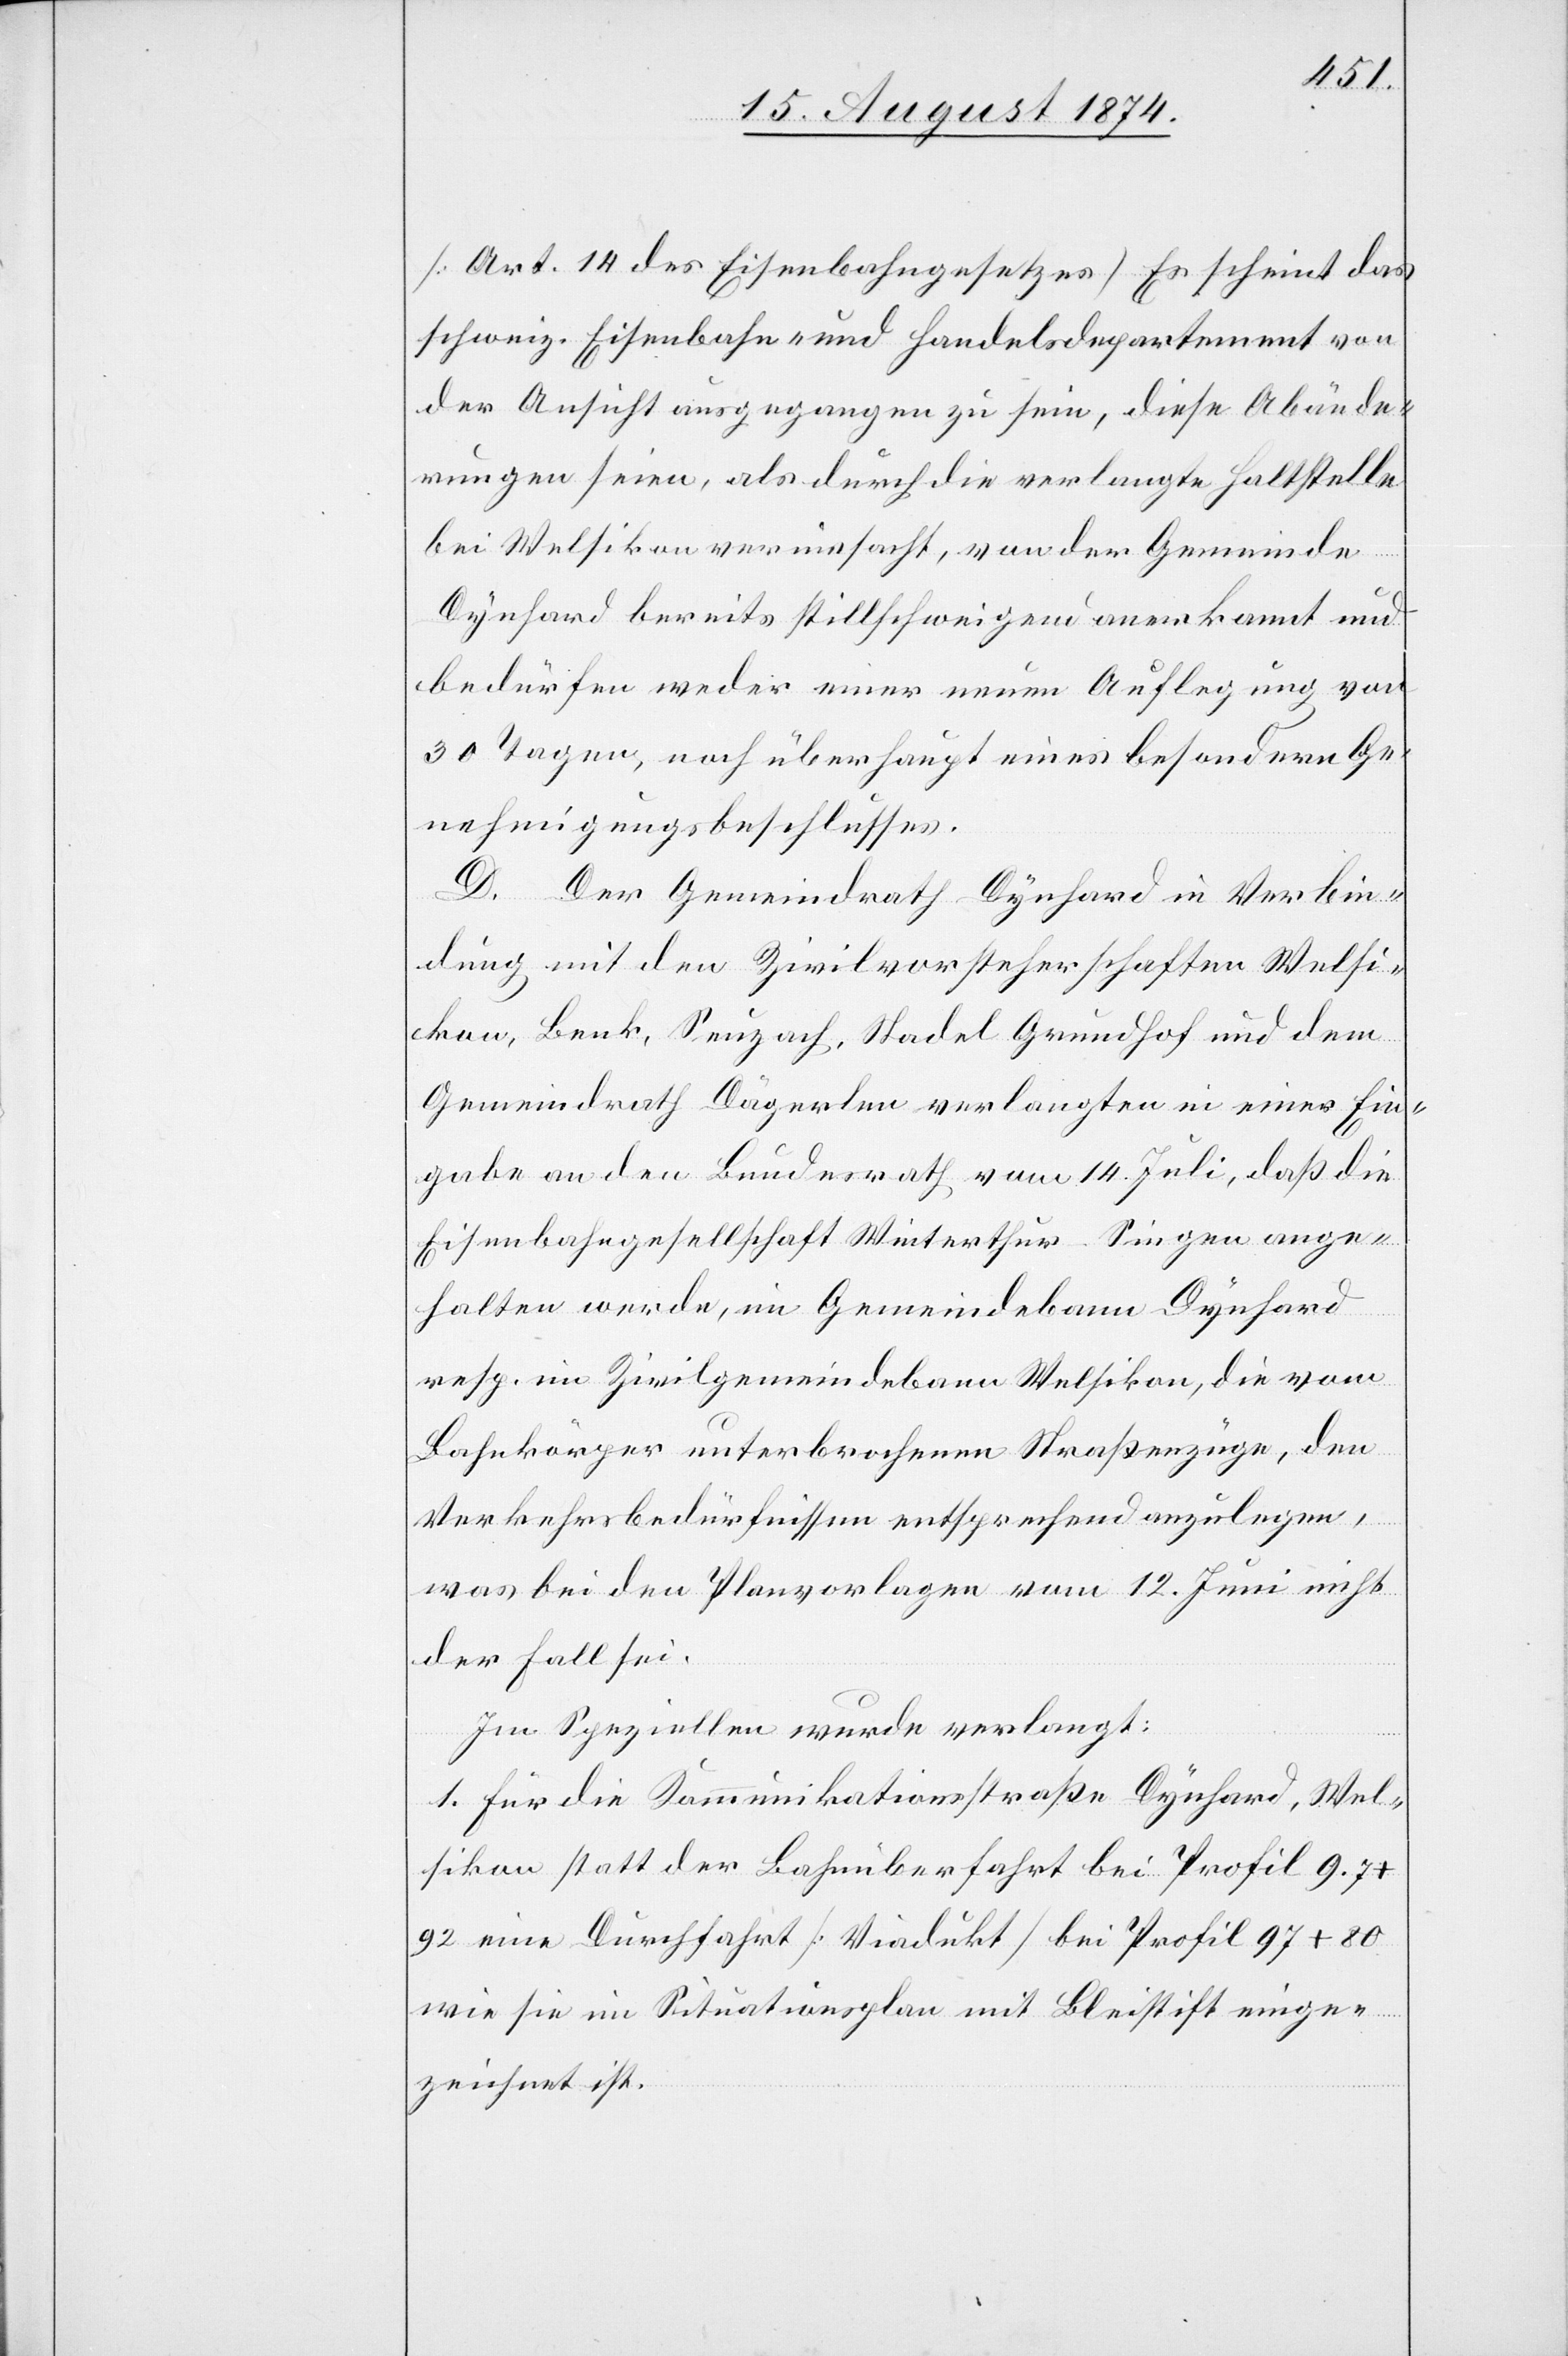
[Art. 14 des Eisenbahngesetzes] Es scheint das
schweiz. Eisenbahn- und Handelsdepartement von
der Ansicht ausgegangen zu sein, diese Abände¬
rungen seien, als durch die verlangte Haltstelle
bei Welsikon vereinfacht, von der Gemeinde
Dynhard bereits stillschweigend anerkannt und
bedürfen weder einer neuen Auflegung von
30 Tagen, noch überhaupt eines besondern Ge¬
nehmigungsbeschlusses.
D. Der Gemeindrath Dynhard in Verbin¬
dung mit den Zivilvorsteherschaften Welsi¬
kon, Benk, Seuzach, Stadel[,] Grundhof und dem
Gemeindrath Dägerlen verlangten in einer Ein¬
gabe an den Bundesrath vom 14. Juli, daß die
Eisenbahngesellschaft Winterthur–Singen ange¬
halten werde, im Gemeindebann Dynhard
resp. im Zivilgemeindebann Welsikon, die vom
Bahnkörper unterbrochenen Straßenzüge, den
Verkehrsbedürfnissen entsprechend anzulegen,
was bei den Planvorlagen vom 12. Juni nicht
der Fall sei.
Im Speziellen wurde verlangt:
1. Für die Kommunikationsstraße Dynhard–Wel¬
sikon statt der Bahnüberfahrt bei Profil 9.7
92 eine Durchfahrt [Viadukt] bei Profil 97 + 80
wie sie im Situationsplan mit Bleistift einge¬
zeichnet ist.